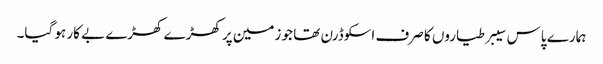
ہمارے پاس سیبر طیاروں کا صرف اسکوڈرن تھا جو زمین پر کھڑے کھڑے بے کار ہو گیا۔